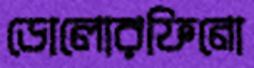
ডোলোরফিনো